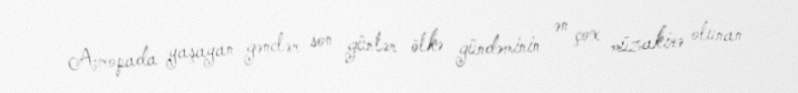
Avropada yaşayan gənclər son günlər ölkə gündəminin ən çox müzakirə olunan